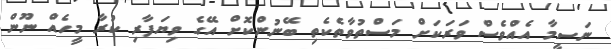
ނަސީމާ އެއްވެސް ވަރަަކަށް މަސްތުވާތެކެތި ބޭނުންކޮށް އޭގެ ވިޔަފާރި ކުރާ މީހެއް ނޫން